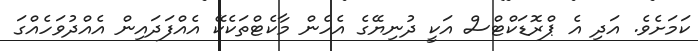
ކަމަށެވެ. އަދި އެ ޕްރޮޑަކްޓްސް އަކީ ދުނިޔޭގެ އެހެން މާކެޓްތަކެކޭ އެއްފަދައިން އެއްދުވަހެއްގަ